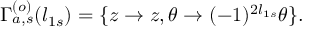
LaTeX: \Gamma _ { a , s } ^ { ( o ) } ( l _ { 1 s } ) = \{ z \rightarrow z , \theta \rightarrow ( - 1 ) ^ { 2 l _ { 1 s } } \theta \} .